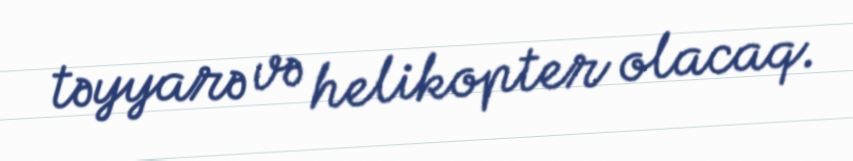
təyyarə və helikopter olacaq.